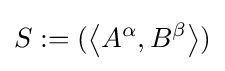
S:=(\left\langle A^{\alpha },B^{\beta }\right\rangle )